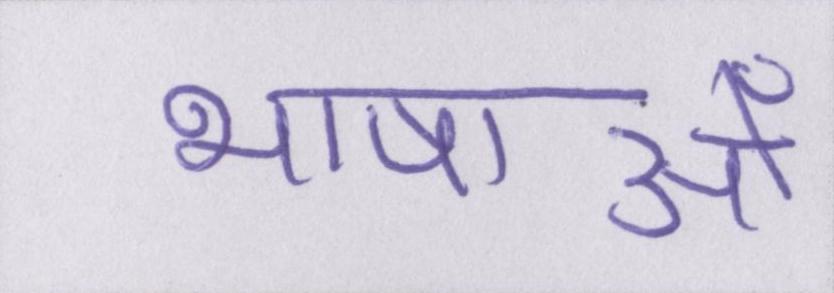
भाषाओँ